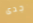
جدى